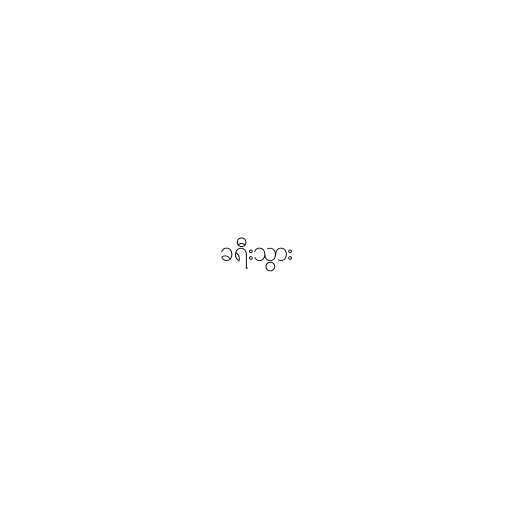
ခရီးသွား